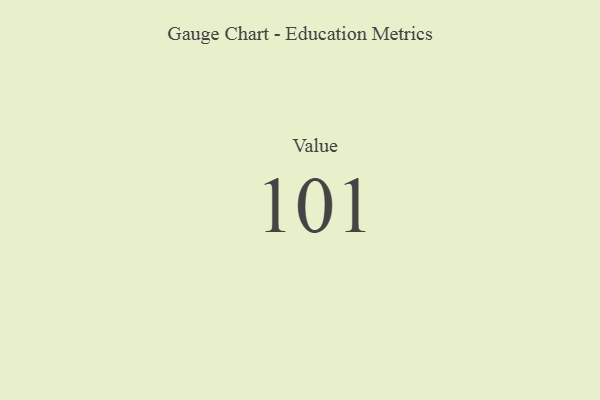
{"axis": {"x": "Metric", "y": "Value"}, "legend": [""], "data": [{"x": "Value", "y": 101, "type": ""}]}